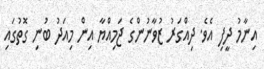
އިނާމު ދީފި އެވެ. ދިއްގަރު ޒުވާނުންގެ ޖަމިއްޔާ އިން މިއަދު ބުނި ގޮތުގައި